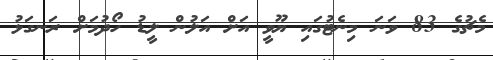
މެޗުގެ 83 ވަނަ މިނެޓުގައި ޔޫވީ އަށް އަލުން ލީޑު ހޯދުމަށް ރަނގަޅު